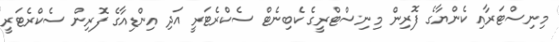
މިނިސްޓަރާއި ކެންޔާގެ ފޮރިން މިނިސްޓްރީގެ ކެބިނެޓް ސެކްރެޓަރީ އަދި އިންޑިއާގެ ފޮރިން ސެކްރެޓަރީ